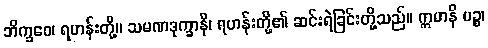
ဘိက္ခဝေ၊ ရဟန်းတို့။ သမဏဒုက္ခာနိ၊ ရဟန်းတို့၏ ဆင်းရဲခြင်းတို့သည်။ ဣမာနိ ပဉ္စ၊